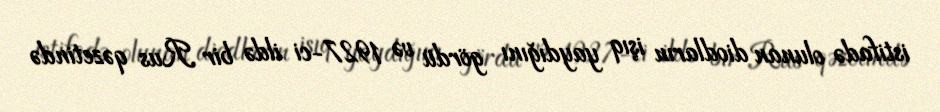
istifadə olunan diodların işıq yaydığını gördü və 1927-ci ildə bir Rus qəzetində